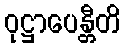
ဝုဋ္ဌာပေန္တီတိ